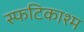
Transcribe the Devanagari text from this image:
स्फटिकाश्म